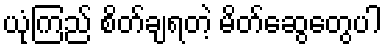
ယုံကြည် စိတ်ချရတဲ့ မိတ်ဆွေတွေပါ